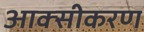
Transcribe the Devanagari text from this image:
आक्‍सीकरण